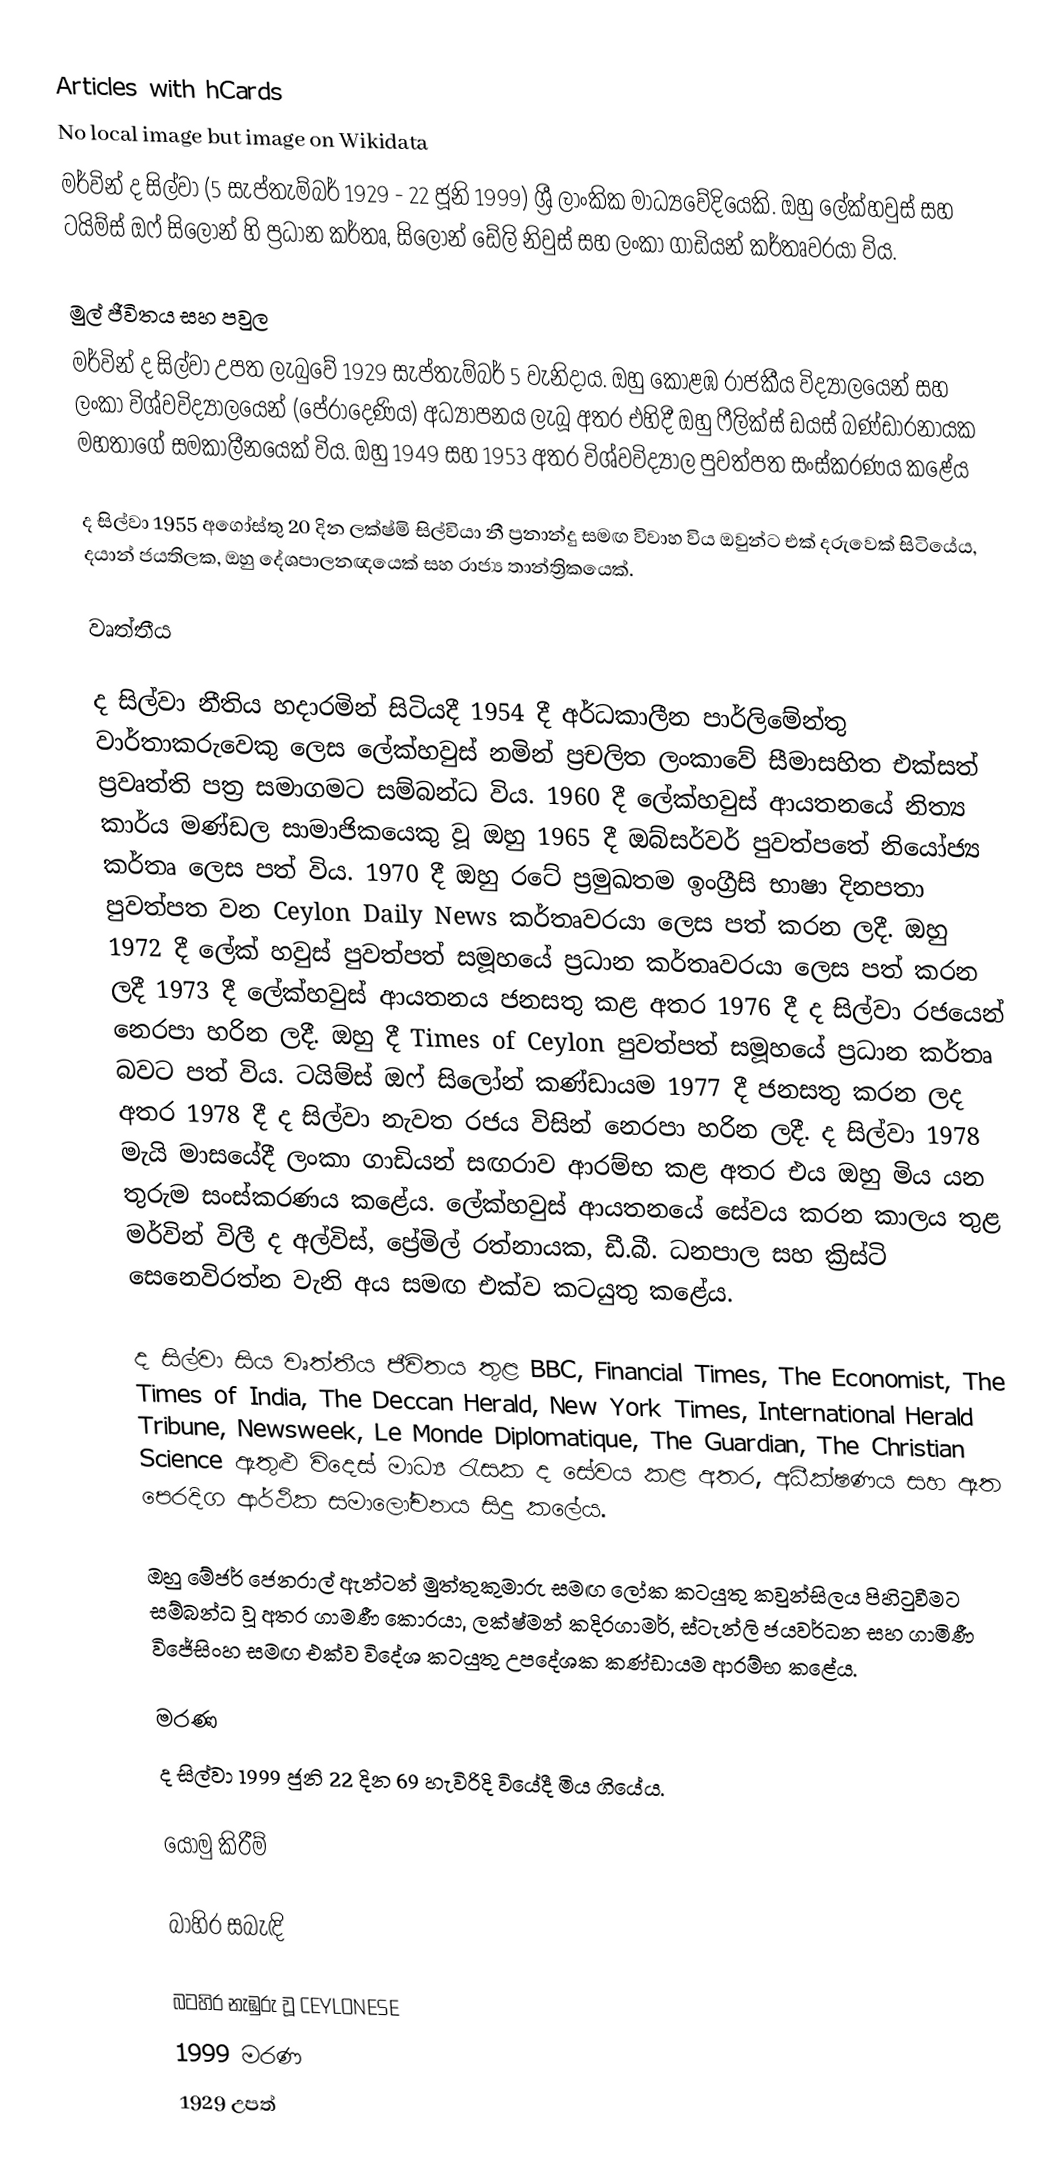
Articles with hCards
No local image but image on Wikidata
මර්වින් ද සිල්වා (5 සැප්තැම්බර් 1929 - 22 ජූනි 1999) ශ්‍රී ලාංකික මාධ්‍යවේදියෙකි. ඔහු ලේක්හවුස් සහ ටයිම්ස් ඔෆ් සිලෝන් හි ප්‍රධාන කර්තෘ, සිලෝන් ඩේලි නිවුස් සහ ලංකා ගාඩියන් කර්තෘවරයා විය.

මුල් ජීවිතය සහ පවුල
මර්වින් ද සිල්වා උපත ලැබුවේ 1929 සැප්තැම්බර් 5 වැනිදාය.    ඔහු කොළඹ රාජකීය විද්‍යාලයෙන් සහ ලංකා විශ්වවිද්‍යාලයෙන් (පේරාදෙණිය) අධ්‍යාපනය ලැබූ අතර එහිදී ඔහු ෆීලික්ස් ඩයස් බණ්ඩාරනායක මහතාගේ සමකාලීනයෙක් විය.  ඔහු 1949 සහ 1953 අතර විශ්වවිද්‍යාල පුවත්පත සංස්කරණය කළේය

ද සිල්වා 1955 අගෝස්තු 20 දින ලක්ෂ්මි සිල්වියා නී ප්‍රනාන්දු සමඟ විවාහ විය  ඔවුන්ට එක් දරුවෙක් සිටියේය, දයාන් ජයතිලක, ඔහු දේශපාලනඥයෙක් සහ රාජ්‍ය තාන්ත්‍රිකයෙක්.

වෘත්තීය

ද සිල්වා නීතිය හදාරමින් සිටියදී 1954 දී අර්ධකාලීන පාර්ලිමේන්තු වාර්තාකරුවෙකු ලෙස ලේක්හවුස් නමින් ප්‍රචලිත ලංකාවේ සීමාසහිත එක්සත් ප්‍රවෘත්ති පත්‍ර සමාගමට සම්බන්ධ විය.  1960 දී ලේක්හවුස් ආයතනයේ නිත්‍ය කාර්ය මණ්ඩල සාමාජිකයෙකු වූ ඔහු 1965 දී ඔබ්සර්වර් පුවත්පතේ නියෝජ්‍ය කර්තෘ ලෙස පත් විය.  1970 දී ඔහු රටේ ප්‍රමුඛතම ඉංග්‍රීසි භාෂා දිනපතා පුවත්පත වන Ceylon Daily News කර්තෘවරයා ලෙස පත් කරන ලදී.  ඔහු 1972 දී ලේක් හවුස් පුවත්පත් සමූහයේ ප්‍රධාන කර්තෘවරයා ලෙස පත් කරන ලදී  1973 දී ලේක්හවුස් ආයතනය ජනසතු කළ අතර 1976 දී ද සිල්වා රජයෙන් නෙරපා හරින ලදී.  ඔහු  දී Times of Ceylon පුවත්පත් සමූහයේ ප්‍රධාන කර්තෘ බවට පත් විය. ටයිම්ස් ඔෆ් සිලෝන් කණ්ඩායම 1977 දී ජනසතු කරන ලද අතර 1978 දී ද සිල්වා නැවත රජය විසින් නෙරපා හරින ලදී.  ද සිල්වා 1978 මැයි මාසයේදී ලංකා ගාඩියන් සඟරාව ආරම්භ කළ අතර එය ඔහු මිය යන තුරුම සංස්කරණය කළේය.  ලේක්හවුස් ආයතනයේ සේවය කරන කාලය තුළ මර්වින් විලී ද අල්විස්,   ප්‍රේමිල් රත්නායක,  ඩී.බී. ධනපාල  සහ ක්‍රිස්ටි සෙනෙවිරත්න වැනි අය සමඟ එක්ව කටයුතු කළේය.

ද සිල්වා සිය වෘත්තීය ජීවිතය තුළ BBC, Financial Times, The Economist, The Times of India, The Deccan Herald, New York Times, International Herald Tribune, Newsweek, Le Monde Diplomatique, The Guardian, The Christian Science ඇතුළු විදෙස් මාධ්‍ය රැසක ද සේවය කළ අතර, අධීක්ෂණය සහ ඈත පෙරදිග ආර්ථික සමාලෝචනය සිදු කලේය.

ඔහු මේජර් ජෙනරාල් ඇන්ටන් මුත්තුකුමාරු සමඟ ලෝක කටයුතු කවුන්සිලය පිහිටුවීමට සම්බන්ධ වූ අතර ගාමණී කොරයා, ලක්ෂ්මන් කදිරගාමර්, ස්ටැන්ලි ජයවර්ධන සහ ගාමිණී විජේසිංහ සමඟ එක්ව විදේශ කටයුතු උපදේශක කණ්ඩායම ආරම්භ කළේය.

මරණ
ද සිල්වා 1999 ජුනි 22 දින 69 හැවිරිදි වියේදී මිය ගියේය.

යොමු කිරීම්

බාහිර සබැඳි

 බටහිර නැඹුරු වූ CEYLONESE
1999 මරණ
1929 උපත්